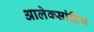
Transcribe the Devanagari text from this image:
आलेक्सांद्रिय